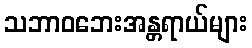
သဘာဝဘေးအန္တရာယ်များ